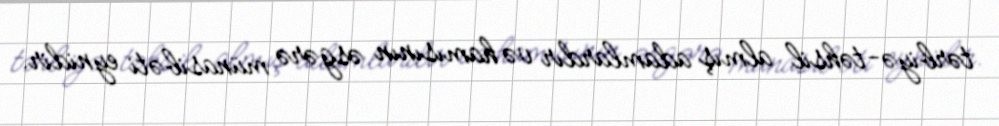
tərbiyə-təhsil almış adamlardır və hamısının əsgərə münasibəti eynidir.